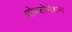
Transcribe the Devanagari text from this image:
प्रोक्लेमेशन